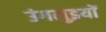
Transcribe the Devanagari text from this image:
उंगलुइयों